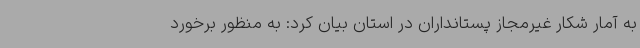
به آمار شکار غیرمجاز پستانداران در استان بیان کرد: به منظور برخورد